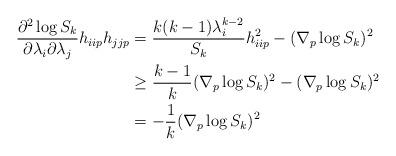
LaTeX: \begin{align*} \frac{\partial^{2}\log S_{k}}{\partial \lambda_{i}\partial \lambda_{j}}h_{iip}h_{jjp}&=\frac{k(k-1)\lambda_{i}^{k-2}}{S_{k}}h_{iip}^{2}-(\nabla_{p}\log S_{k})^{2}\\ &\geq \frac{k-1}{k}(\nabla_{p}\log S_{k})^{2}-(\nabla_{p}\log S_{k})^{2}\\ &=-\frac{1}{k}(\nabla_{p}\log S_{k})^{2} \end{align*}